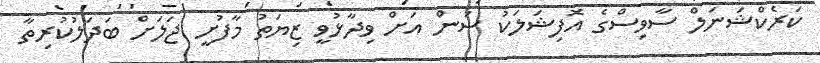
ކަރެކްޝަނަލް ސާވިސްގެ އޮފިޝަލަކު ސަން އަށް ވިދާޅުވީ ޒިޔަތު މާފުށީ ޖަލަށް ބަދަލުކުރިތާ